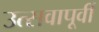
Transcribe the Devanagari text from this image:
उत्सवापूर्वी